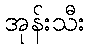
အုန်းသီး